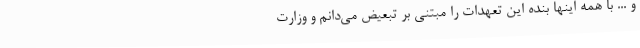
و ... با همه اینها بنده این تعهدات را مبتنی بر تبعیض می‌دانم و وزارت